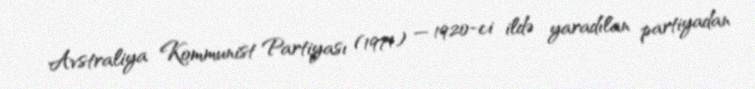
Avstraliya Kommunist Partiyası (1971) — 1920-ci ildə yaradılan partiyadan